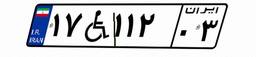
۱۷W۱۱۲۰۳